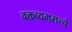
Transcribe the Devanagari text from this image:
वक्तव्यमसत्यं